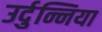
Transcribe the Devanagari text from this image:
उर्दुन्निया